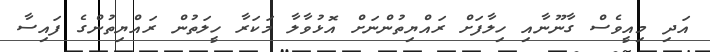
އަދި މިއީވެސް ގާނޫނާއި ހިލާފަށް ރައްޔިތުންނަށް އޮޅުވާލާ މަކަރާ ހީލަތުން ރައްޔިތުންގެ ފައިސާ